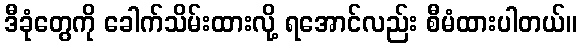
ဒီခုံတွေကို ခေါက်သိမ်းထားလို့ ရအောင်လည်း စီမံထားပါတယ်။